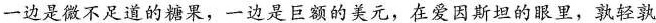
”一边是微不足道的糖果，一边是巨额的美元，在爱因斯坦的眼里，孰轻孰